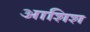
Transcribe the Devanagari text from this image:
आशिश